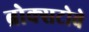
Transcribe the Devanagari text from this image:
ब्रोक्सटोवे